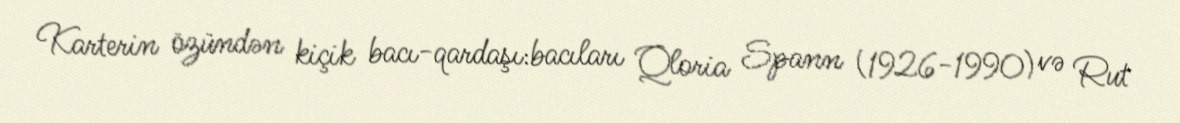
Karterin özündən kiçik bacı-qardaşı:bacıları Qloria Spann (1926-1990) və Rut